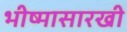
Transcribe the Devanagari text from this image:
भीष्मासारखी